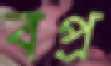
বপ্র